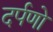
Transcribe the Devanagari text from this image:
दर्पणो